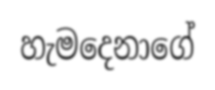
හැමදෙනාගේ